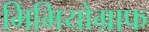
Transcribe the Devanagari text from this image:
मिमियोग्राफ